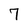
Character: 7